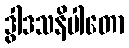
ဒွါဒသနိပါတော